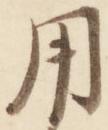
用